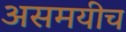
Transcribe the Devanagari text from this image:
असमयीच